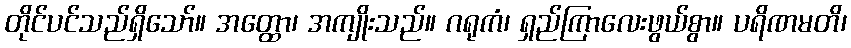
တိုင်ပင်သည်ရှိသော်။ အတ္ထော၊ အကျိုးသည်။ ဂရုကံ၊ ရှည်ကြာလေးဖွယ်စွာ။ ပရိဏမတိ၊